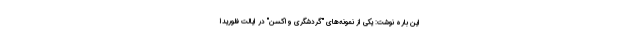
این باره نوشت: یکی از نمونه‌های "گردشگری واکسن" در ایالت فلوریدا